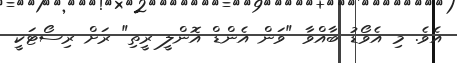
އެވެ. މި އެވޯޑު ބާއްވާ "ވަން އެންޑް އޮންލީ ރީތި" ރަށް ރިސޯޓަކީ